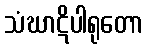
သံဃာဋိပါရုတော